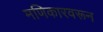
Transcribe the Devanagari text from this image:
मणिकारवरून